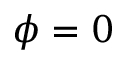
\phi = 0